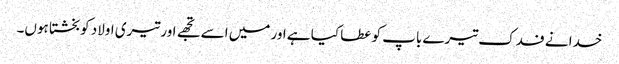
خدا نے فدک تیرے باپ کو عطا کیا ہے اور میں اسے تجھے اور تیری اولاد کو بخشتا ہوں۔